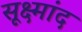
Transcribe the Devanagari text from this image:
सूक्ष्मांद